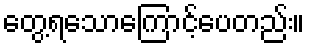
တွေ့ရသောကြောင့်ပေတည်း။